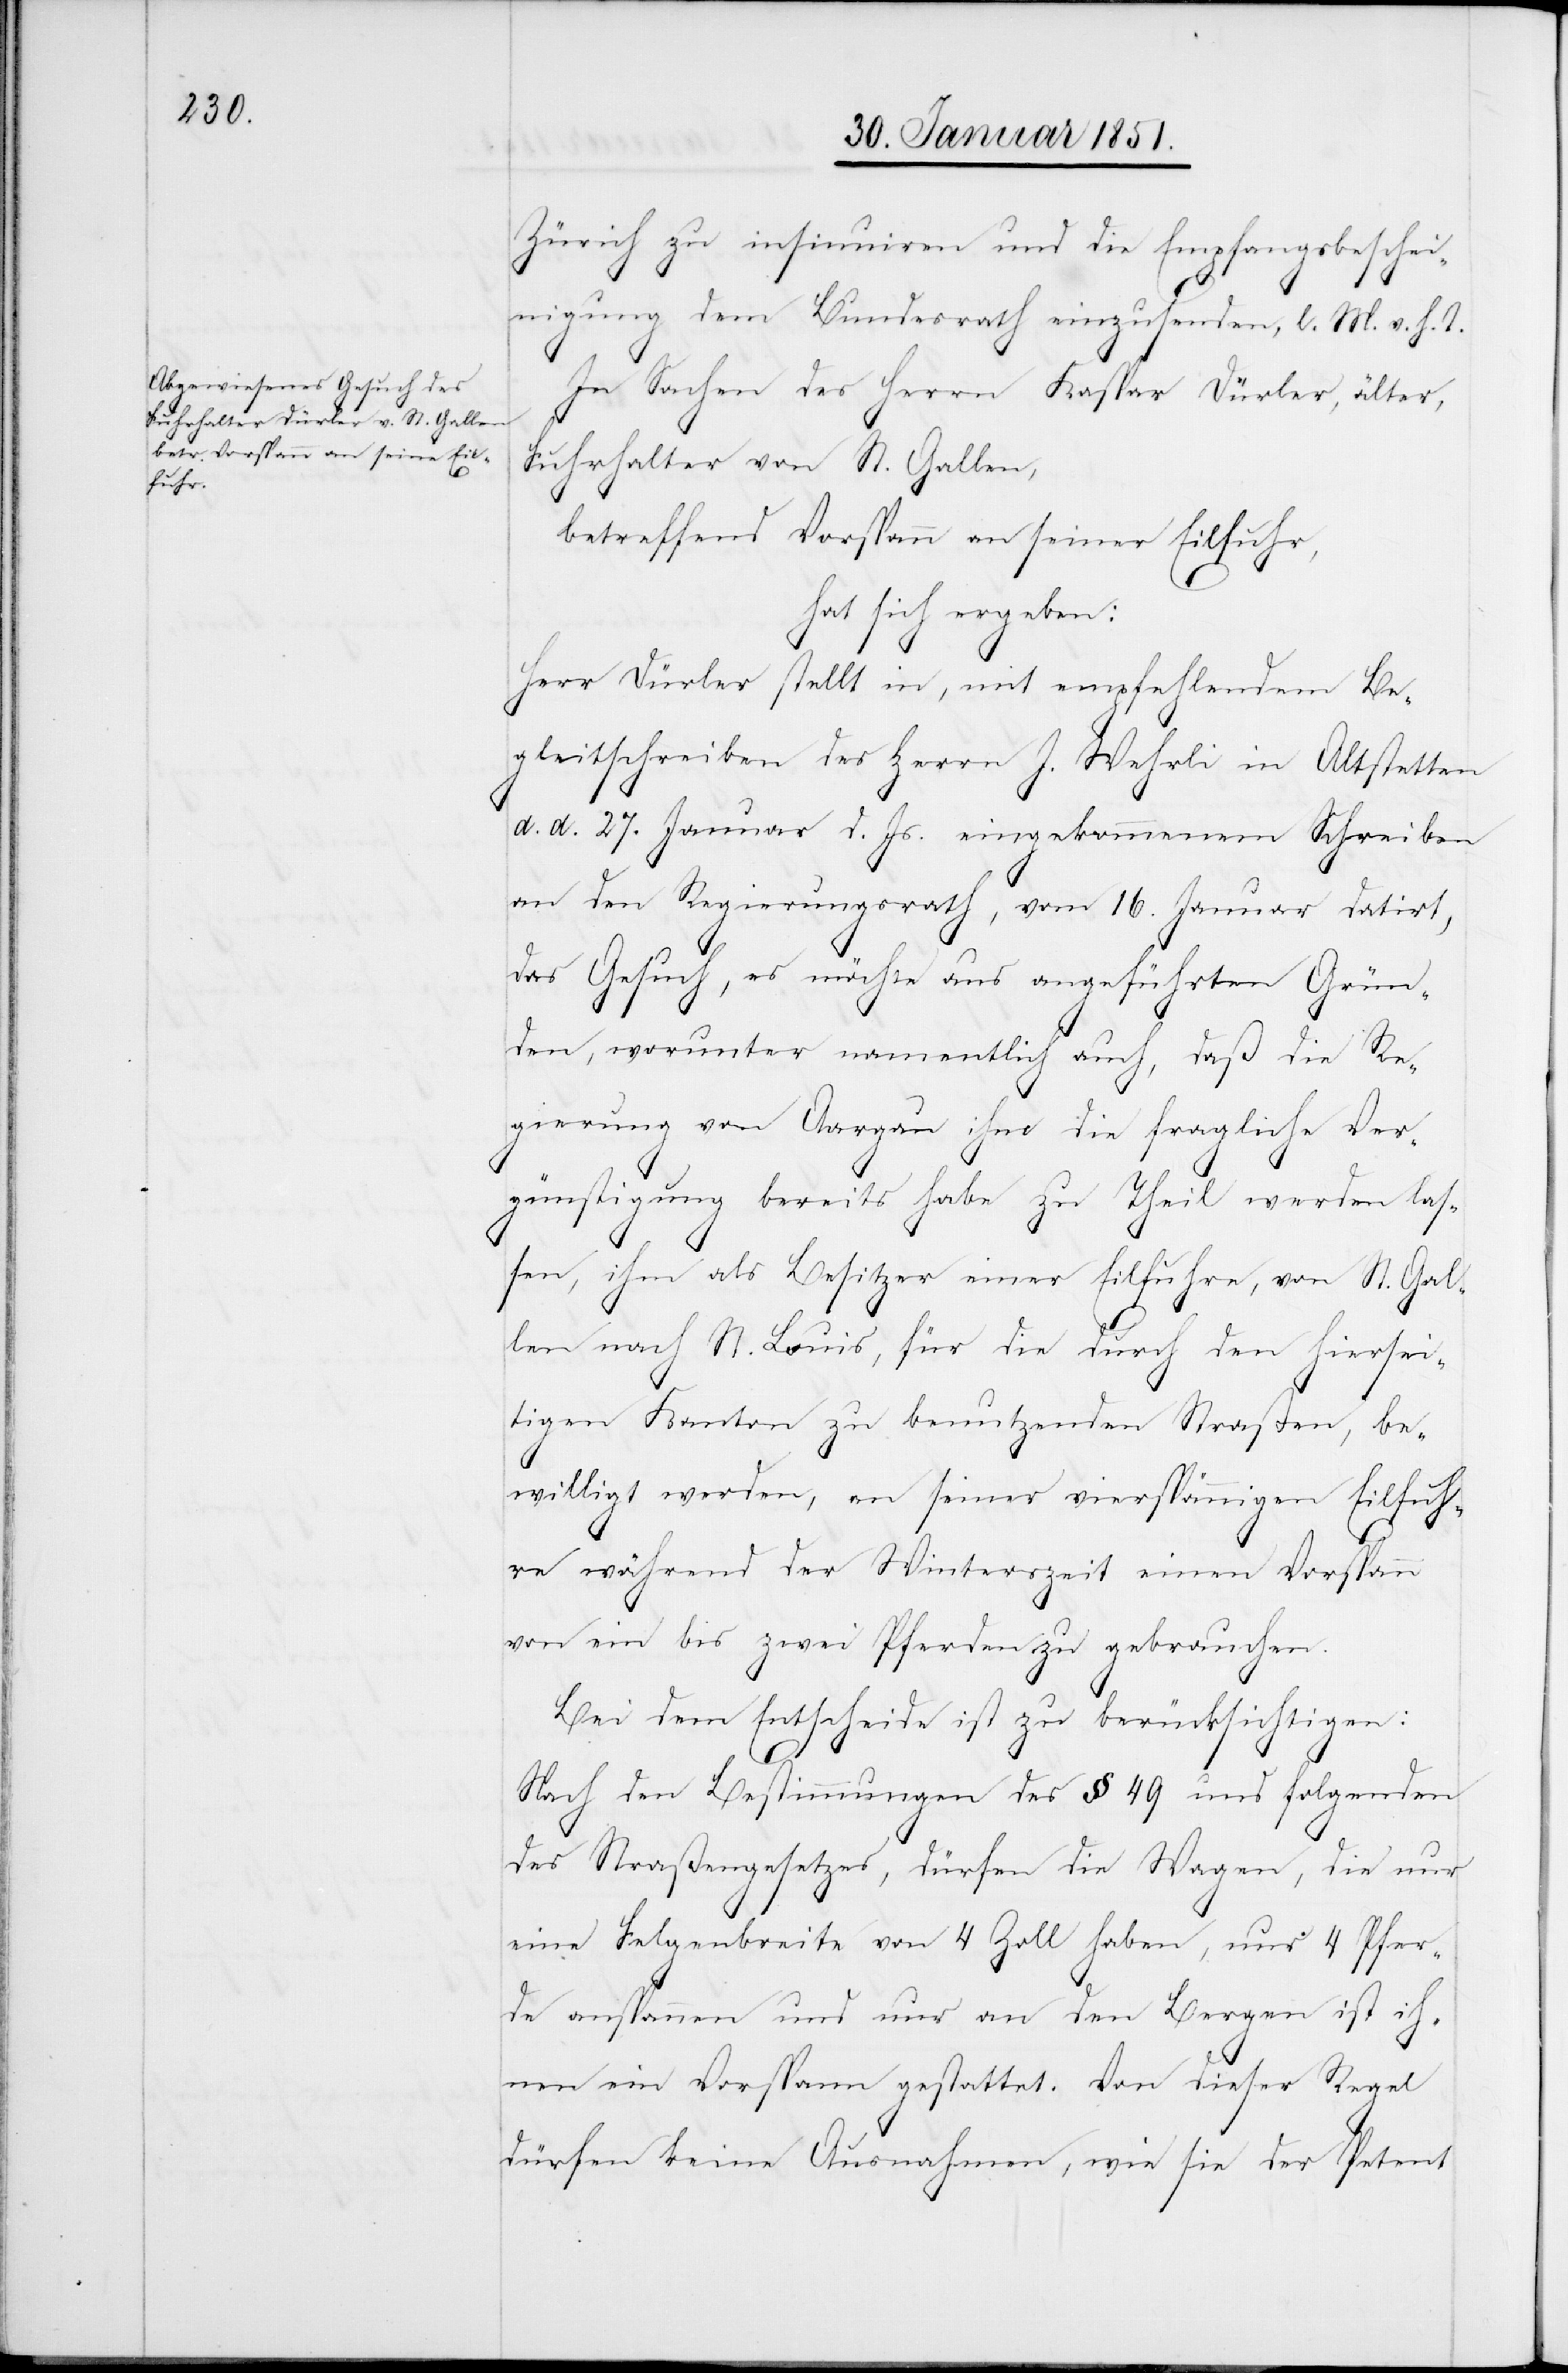
Zürich zu insinuiren und die Empfangsbeschei¬
nigung dem Bundesrath einzusenden, l. M. v. h. T.
In Sachen des Herrn Kaspar Dürler, älter,
Fuhrhalter von St. Gallen,
betreffend Vorspann an seiner Eilfuhr,
hat sich ergeben:
Herr Dürler stellt in, mit empfehlendem Be¬
gleitschreiben des Herrn J. Wehrli in Altstetten
d. d. 27. Januar d. Js. eingekommenem Schreiben
an den Regierungsrath, vom 16. Januar datirt,
das Gesuch, es möchte aus angeführten Grün¬
den, worunter namentlich auch, daß die Re¬
gierung von Aargau ihm die fragliche Ver¬
günstigung bereits habe zu Theil werden las¬
sen, ihm als Besitzer einer Eilfuhre, von St. Gal¬
len nach St. Louis, für die durch den hiersei¬
tigen Kanton zu benutzenden Straßen, be¬
willigt werden, an seiner vierspännigen Eilfuh¬
re während der Winterszeit einen Vorspann
von ein bis zwei Pferden zu gebrauchen.
Bei dem Entscheide ist zu berücksichtigen:
Nach den Bestimmungen des § 49 und folgenden
des Straßengesetzes, dürfen die Wagen, die nur
eine Felgenbreite von 4 Zoll haben, nur 4 Pfer¬
de anspannen und nur an den Bergen ist ih¬
nen ein Vorspann gestattet. Von dieser Regel
dürfen keine Ausnahmen, wie sie der Petent